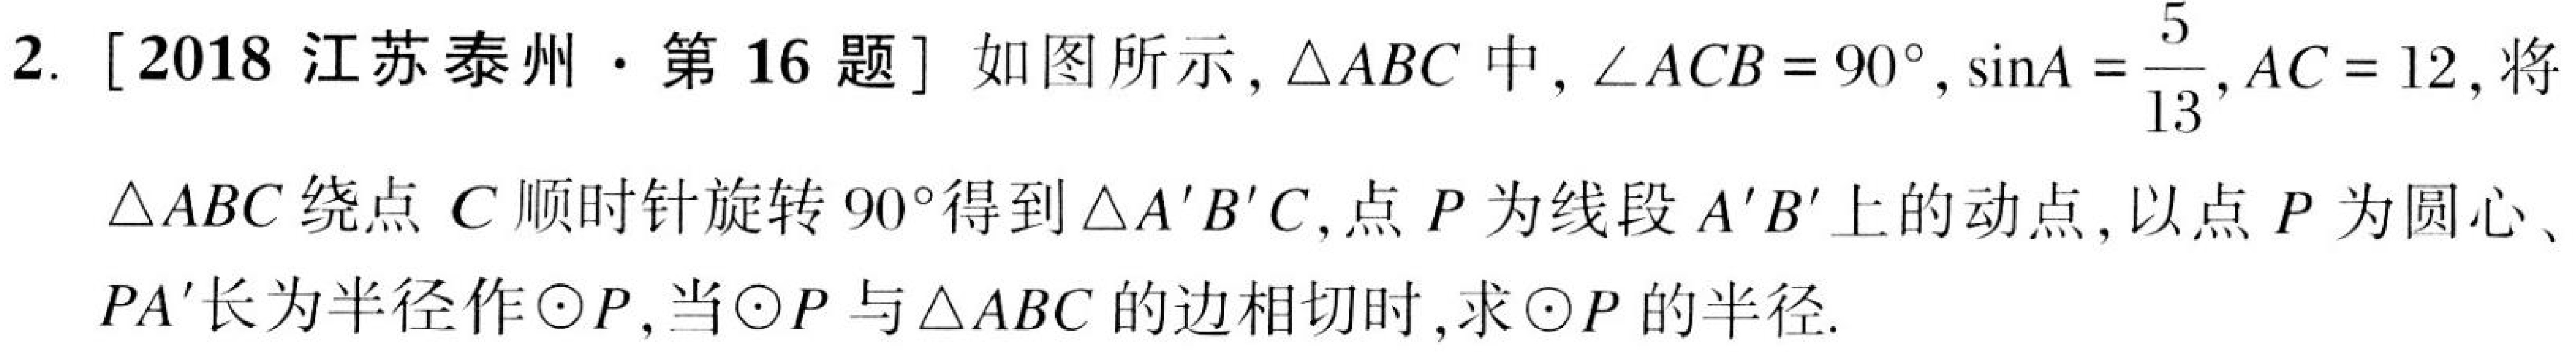
2. [2018 江苏泰州·第 16 题] 如图所示, \(\triangle ABC\) 中, \(\angle ACB = 90^{\circ},\sin A=\frac{5}{13},AC = 12\), 将 \(\triangle ABC\) 绕点 \(C\) 顺时针旋转 \(90^{\circ}\)得到 \(\triangle A'B'C\), 点 \(P\) 为线段 \(A'B'\) 上的动点, 以点 \(P\) 为圆心、 \(PA'\)长为半径作\(\odot P\), 当\(\odot P\) 与 \(\triangle ABC\) 的边相切时, 求\(\odot P\) 的半径.